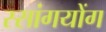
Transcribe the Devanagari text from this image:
स्सांगयोंग